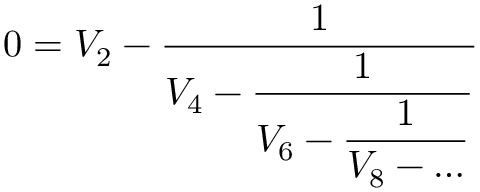
0 = V _ { 2 } - \frac { 1 } { \displaystyle V _ { 4 } - \frac { 1 } { \displaystyle V _ { 6 } - \frac { 1 } { \displaystyle V _ { 8 } - \ldots } } }